Annual report of the Punjab Veterinary College and of the Civil Veterinary Department, Punjab - 1909-1919
Year: 1909
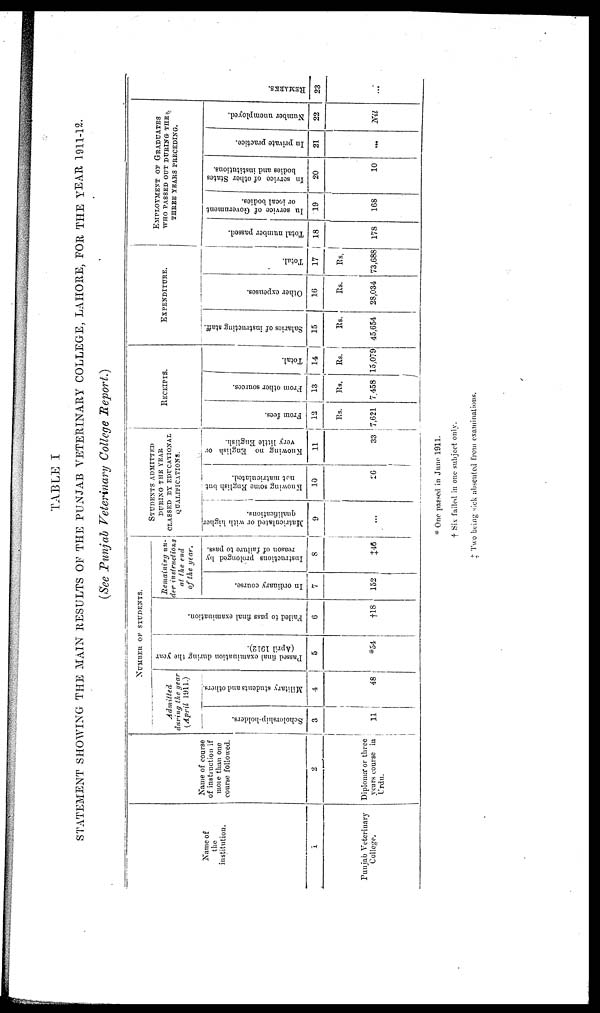
TABLE I
STATEMENT SHOWING THE MAIN RESULTS OF THE PUNJAB VETERINARY COLLEGE, LAHORE, FOR THE YEAR 1911-12.
(See Punjab Veterinary College Report.)
Name of
the
institution.
1
Punjab Veterinary
College.
Name of course
of instruction if
more than one
course followed.
2
Diploma or three
years course in
Urdu.
NUMBER OF STUDENTS.
Admitted
during the year
(April 1911.)
Scholorship-holders.
3
11
Military students and others.
4
48
Passed final examination during the year
(April 1012).
5
*54
Failed to pass final examination.
6
†18
Remaining un-
der instructions
at. the end
of the year.
In ordinary course.
7
152
Instructions prolonged by
reason of failure to pass.
8
‡46
STUDENT ADMITTED
DURING THE YEAR
CLASSED BY EDUCATIONAL
QUALIFICATIONS.
Matriculated or with higher
qualifications.
9
...
Knowing some English but
not matriculated.
10
26
Knowing no English or
very little English.
11
33
RECEIPTS.
From fees.
12
Rs.
7,621
From other sources.
13
Rs.
7,458
Total.
14
Rs.
15,079
EXPENDITURE.
Salaries of instructing staff.
15
Rs.
45,654
Other expenses.
16
Rs.
28,034
Total.
17
Rs.
73,688
EMPLOYMENT OF GRADUATES
WHO PASSED OUT DURING THE
THREE YEARS PRECEDING.
Total number passed.
18
178
In
service of Government
or local bodies.
19
168
In service of other States
bodies and institutions.
20
10
In private practice.
21
...
Number unemployed.
22
Nil
RE MARKS .
23
...
* One passed in June 1911.
† Six failed in one subject only.
‡ Two being sick absented from examinations.